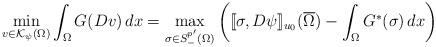
LaTeX: \begin{align*}\min_{v \in {\mathcal{K}_{\psi}(\Omega)}} \int_{\Omega} G(Dv) \, dx = \max_{\sigma \in S^{p'}_{-}(\Omega)} \left ([\![\sigma, D\psi]\!]_{u_0}(\overline{\Omega}) - \int_{\Omega} G^*(\sigma) \, dx \right )\end{align*}